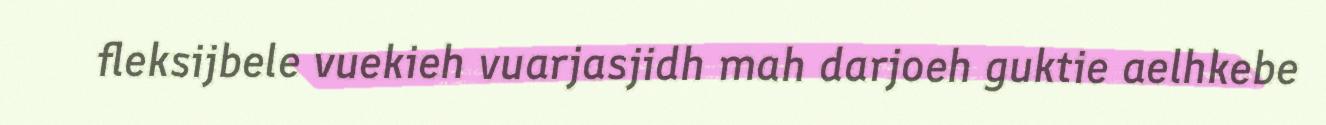
fleksijbele vuekieh vuarjasjidh mah darjoeh guktie aelhkebe